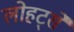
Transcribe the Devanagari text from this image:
लोहट्से